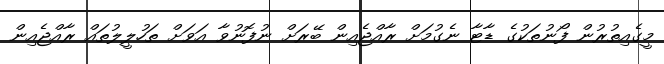
މީގެއިތުރުން ފޯނުތަކުގެ ޑާޓާ ނެގުމަށް ރާއްޖެއިން ބޭރަށް ނުފޮނުވާ އަވަށް ތަހުލީލުތައް ރާއްޖެއިން